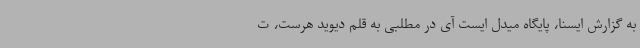
به گزارش ایسنا، پایگاه میدل ایست آی در مطلبی به قلم دیوید هرست، ت